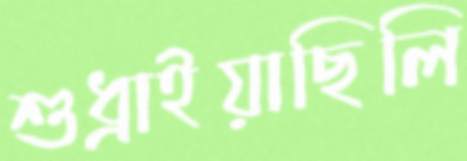
শুধ্‌রাইয়াছিলি